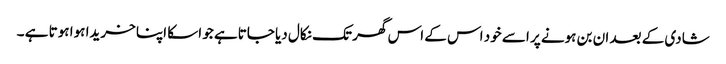
شادی کے بعد ان بن ہونے پر اسے خود اس کے اس گھر تک نکال دیا جاتاہے جو اسکا اپنا خریدا ہوا ہوتا ہے ۔